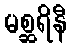
မစ္ဆရိနီ